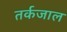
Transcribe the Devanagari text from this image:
तर्कजाल